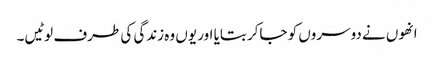
انھوں نے دوسروں کو جاکر بتایا اور یوں وہ زندگی کی طرف لوٹیں۔